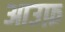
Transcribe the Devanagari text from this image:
आउफ़